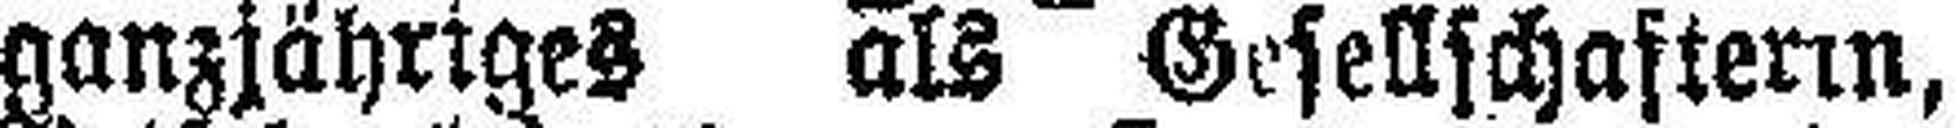
ganzjähriges als Gesellschafterin,